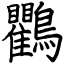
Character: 鸜